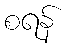
စရန်